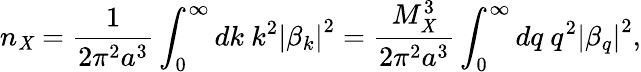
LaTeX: n_{\mathit{X}}=\frac{{1}}{{2\pi^{2}a^{3}}}\int_{0}^{\infty}dk\ k^{2}\left|\beta_{k}\right|^{2}=\frac{{M_{\mathit{X}}^{3}}}{{2\pi^{2}a^{3}}}\int_{0}^{\infty}dq\ q^{2}\left|\beta_{q}\right|^{2},